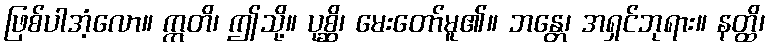
ဖြစ်ပါအံ့လော။ ဣတိ၊ ဤသို့။ ပုစ္ဆိ၊ မေးတော်မူ၏။ ဘန္တေ၊ အရှင်ဘုရား။ နတ္ထိ၊